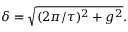
\delta = \sqrt { ( 2 \pi / \tau ) ^ { 2 } + g ^ { 2 } } .